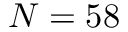
N = 5 8